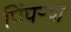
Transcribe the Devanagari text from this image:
पिंपऱ्या